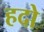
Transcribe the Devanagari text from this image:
हदो